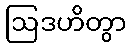
ဩဒဟိတွာ